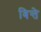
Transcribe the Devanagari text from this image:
बिन्ते